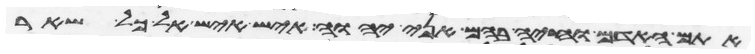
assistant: אתם האדם וחיה בהם אני יהוה איש איש אל כל שאר